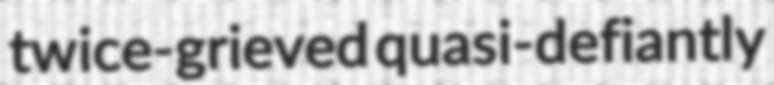
twice-grieved quasi-defiantly